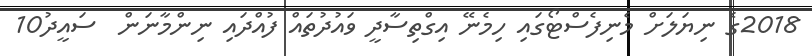
2018ގެ ނިޔަލަށް މެނިފެސްޓޯގައި ހިމެނޭ އިގްތިސާދީ ވައުދުތައް ފުއްދައި ނިންމާނަން  ސައީދު10